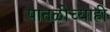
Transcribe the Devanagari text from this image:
पातळीच्याही